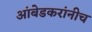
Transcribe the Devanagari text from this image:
आंबेडकरांनीच